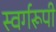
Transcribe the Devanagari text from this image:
स्वर्गरूपी